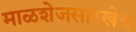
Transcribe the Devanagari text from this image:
माळशेजसारखेच